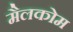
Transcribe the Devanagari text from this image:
मैलकोम